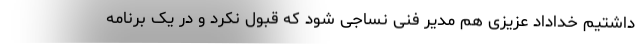
داشتیم خداداد عزیزی هم مدیر فنی نساجی شود که قبول نکرد و در یک برنامه